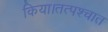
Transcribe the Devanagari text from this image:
किया।तत्पश्चात